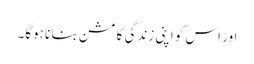
اور اس کو اپنی زندگی کا مشن بنانا ہوگا۔